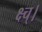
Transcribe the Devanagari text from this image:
क्ष्च्।